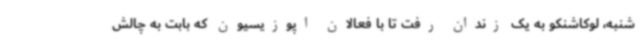
شنبه، لوکاشنکو به یک زندان رفت تا با فعالان اپوزیسیون که بابت به چالش